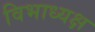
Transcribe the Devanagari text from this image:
विभाध्यक्ष